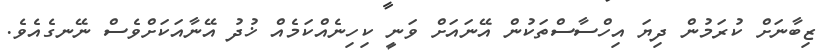
ޒިބާނަށް ކުރަމުން ދިޔަ އިހްސާސްތަކުން އޭނައަށް ވަނީ ކިހިނެއްކަމެއް ޚުދު އޭނާއަކަށްވެސް ނޭނގެއެވެ.